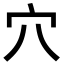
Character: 穴